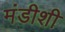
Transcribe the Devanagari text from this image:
मंडीशी